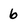
Character: 6